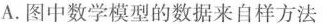
A.图中数学模型的数据来自样方法